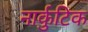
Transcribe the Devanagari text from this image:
नार्कुटिक